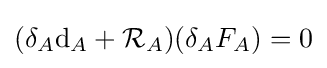
(\delta _{A}\mathrm {d} _{A}+{\mathcal {R}}_{A})(\delta _{A}F_{A})=0